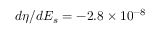
d \eta / d E _ { s } = - 2 . 8 \times 1 0 ^ { - 8 }